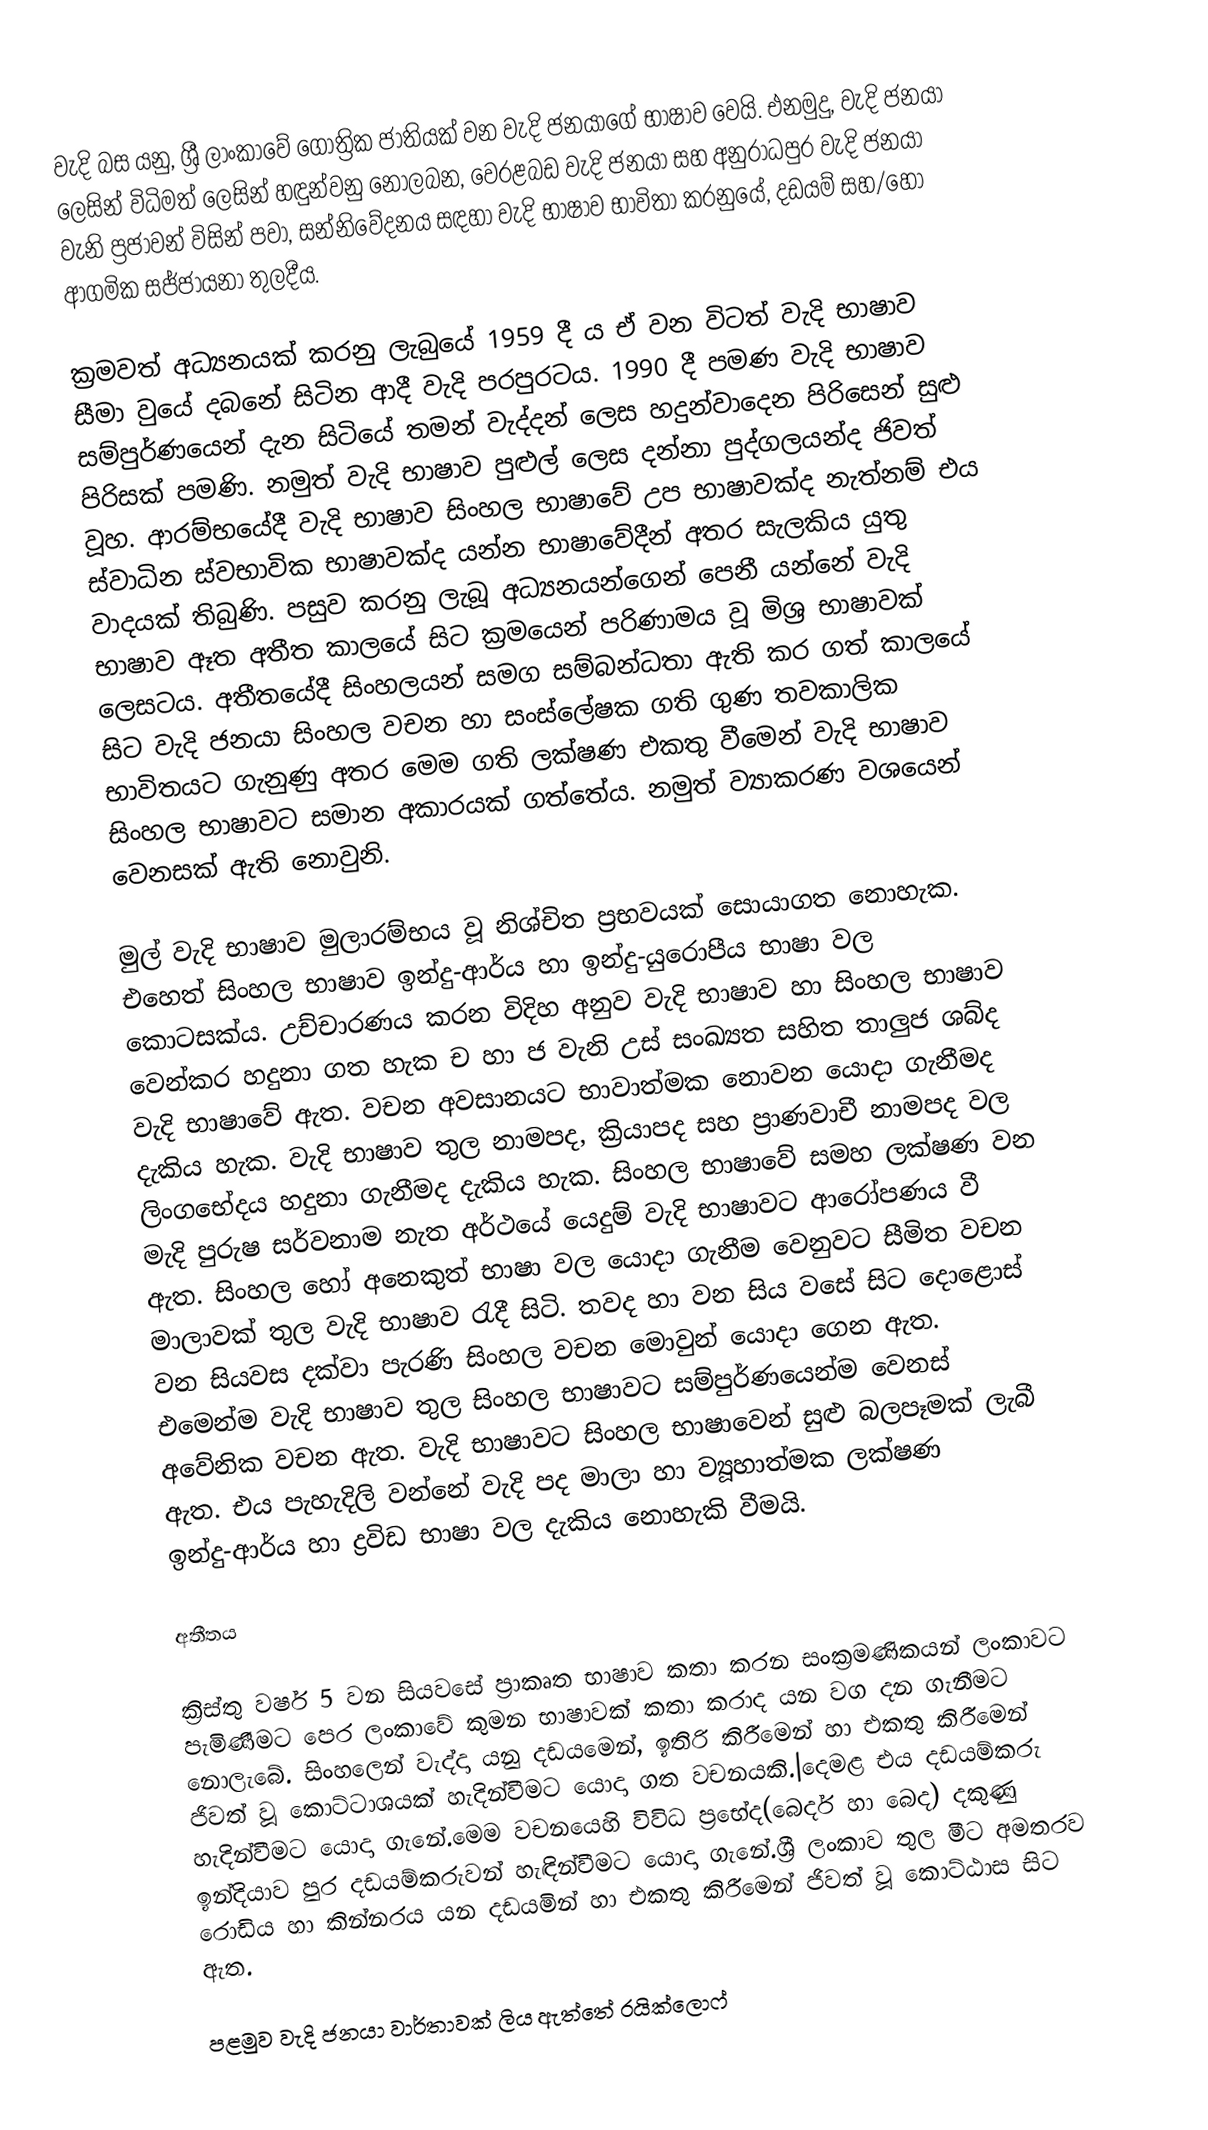
වැදි බස යනු,  ශ්‍රී ලාංකාවේ ගෝත්‍රික ජාතියක් වන වැදි ජනයාගේ භාෂාව වෙයි. එනමුදු, වැදි ජනයා ලෙසින් විධිමත් ලෙසින් හඳුන්වනු නොලබන, වෙරළබඩ වැදි ජනයා සහ අනුරාධපුර වැදි ජනයා වැනි ප්‍රජාවන් විසින් පව‍ා, සන්නිවේදනය සඳහා වැදි භාෂාව භාවිතා කරනුයේ, දඩයම් සහ/හෝ ආගමික සජ්ජායනා තුලදීය.

ක්‍රමවත් අධ්‍යනයක් කරනු ලැබුයේ 1959 දී ය ඒ වන විටත් වැදි භාෂාව සීමා වුයේ දබනේ සිටින ආදී වැදි පරපුරටය. 1990 දී පමණ වැදි භාෂාව සම්පුර්ණයෙන් දැන සිටියේ තමන් වැද්දන් ලෙස හදුන්වාදෙන පිරිසෙන් සුළු පිරිසක් පමණි. නමුත් වැදි භාෂාව පුළුල් ලෙස දන්නා පුද්ගලයන්ද ජිවත් වූහ. ආරම්භයේදී වැදි භාෂාව සිංහල භාෂාවේ උප භාෂාවක්ද නැත්නම් එය ස්වාධින ස්වභාවික භාෂාවක්ද යන්න භාෂාවේදීන් අතර සැලකිය යුතු වාදයක් තිබුණි. පසුව කරනු ලැබූ අධ්‍යනයන්ගෙන් පෙනී යන්නේ වැදි භාෂාව ඈත අතීත කාලයේ සිට ක්‍රමයෙන් පරිණාමය වූ මිශ්‍ර භාෂාවක් ලෙසටය. අතීතයේදී සිංහලයන් සමග සම්බන්ධතා ඇති කර ගත් කාලයේ සිට වැදි ජනයා සිංහල වචන හා සංස්ලේෂක ගති ගුණ තවකාලික භාවිතයට ගැනුණු අතර මෙම ගති ලක්ෂණ එකතු වීමෙන් වැදි භාෂාව සිංහල භාෂාවට සමාන අකාරයක් ගත්තේය. නමුත් ව්‍යාකරණ වශයෙන් වෙනසක් ඇති නොවුනි.

මුල් වැදි භාෂාව මුලාරම්භය වූ නිශ්චිත ප්‍රභවයක් සොයාගත නොහැක. එහෙත් සිංහල භාෂාව ඉන්දු-ආර්ය හා ඉන්දු-යුරොපීය භාෂා වල කොටසක්ය. උච්චාරණය කරන විදිහ අනුව වැදි භාෂාව හා සිංහල භාෂාව වෙන්කර හදුනා ගත හැක ච හා ජ වැනි උස් සංඛ්‍යත සහිත තාලුජ ශබ්ද වැදි භාෂාවේ ඇත. වචන අවසානයට භාවාත්මක නොවන යොදා ගැනීමද දැකිය හැක. වැදි භාෂාව තුල නාමපද, ක්‍රියාපද සහ ප්‍රාණවාචී නාමපද වල ලිංගභේදය හදුනා ගැනීමද දැකිය හැක. සිංහල භාෂාවේ සමහ ලක්ෂණ වන මැදි පුරුෂ සර්වනාම නැත අර්ථයේ යෙදුම් වැදි භාෂාවට ආරෝපණය වී ඇත. සිංහල හෝ අනෙකුත් භාෂා වල යොදා ගැනීම වෙනුවට සීමිත වචන මාලාවක් තුල වැදි භාෂාව රැදී සිටි. තවද හා වන සිය වසේ සිට දොළොස් වන සියවස දක්වා පැරණි සිංහල වචන මොවුන් යොදා ගෙන ඇත. එමෙන්ම වැදි භාෂාව තුල සිංහල භාෂාවට සම්පුර්ණයෙන්ම වෙනස් අවේනික වචන ඇත. වැදි භාෂාවට සිංහල භාෂාවෙන් සුළු බලපෑමක් ලැබී ඇත. එය පැහැදිලි වන්නේ වැදි පද මාලා හා ව්‍යූහාත්මක ලක්ෂණ ඉන්දු-ආර්ය හා ද්‍රවිඩ භාෂා වල දැකිය නොහැකි වීමයි.

අතීතය

ක්‍රිස්තු වර්ෂ 5 වන සියවසේ ප්‍රාකෘත භාෂාව කතා කරන සංක්‍රමණිකයන් ලංකාවට පැමිණීමට පෙර ලංකාවේ කුමන භාෂාවක් කතා කරාද යන වග දන ගැනීමට නොලැබේ. සිංහලෙන් වැද්දා යනු දඩයමෙන්, ඉතිරි කිරීමෙන්  හා එකතු කිරීමෙන් ජිවත් වූ කොට්ටාශයක් හැදින්වීමට යොදා ගත වචනයකි.|දෙමළ එය දඩයම්කරු හැදින්වීමට යොදා ගැනේ.මෙම වචනයෙහි විවිධ ප්‍රභේද(බෙදර් හා බෙද) දකුණු ඉන්දියාව පුර දඩයම්කරුවන් හැඳින්වීමට යොදා ගැනේ.ශ්‍රී ලංකාව තුල මීට අමතරව රොඩිය හා කින්නරය යන දඩයමින් හා එකතු කිරීමෙන් ජිවත් වූ කොට්ඨාස සිට ඇත.

පළමුව වැදි ජනයා වාර්තාවක් ලිය ඇත්තේ රයික්ලොෆ්